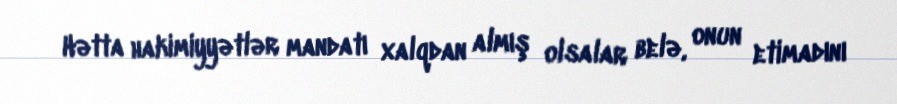
Hətta hakimiyyətlər mandatı xalqdan almış olsalar belə, onun etimadını